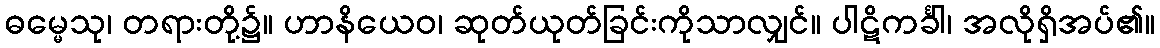
ဓမ္မေသု၊ တရားတို့၌။ ဟာနိယေဝ၊ ဆုတ်ယုတ်ခြင်းကိုသာလျှင်။ ပါဋိကင်္ခါ၊ အလိုရှိအပ်၏။